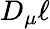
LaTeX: D_{\mu}\ell